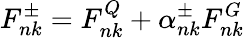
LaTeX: F_{nk}^{\pm}=F_{nk}^{Q}+\alpha_{nk}^{\pm}F_{nk}^{G}